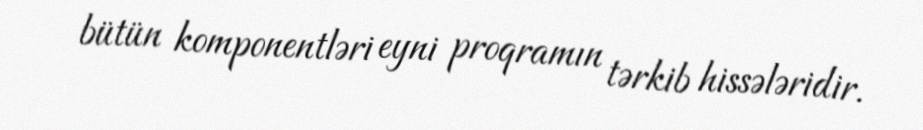
bütün komponentləri eyni proqramın tərkib hissələridir.